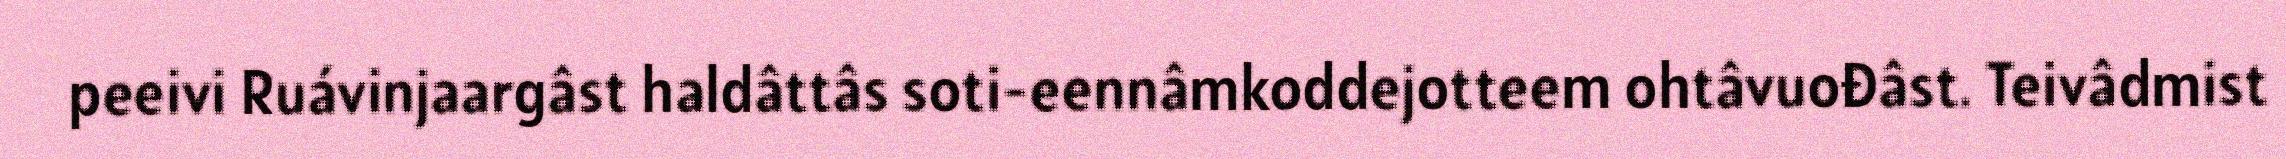
peeivi Ruávinjaargâst haldâttâs soti-eennâmkoddejotteem ohtâvuođâst. Teivâdmist